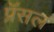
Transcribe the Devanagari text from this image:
प्रॅसल